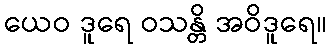
ယေဝ ဒူရေ ဝသန္တိ အဝိဒူရေ။